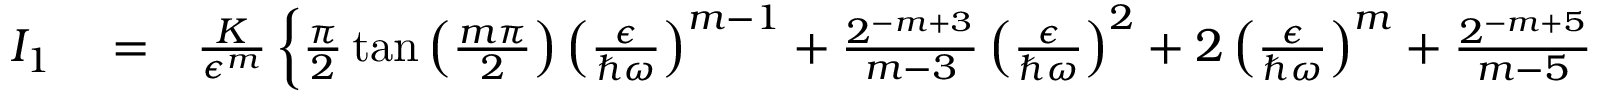
\begin{array} { r l r } { I _ { 1 } } & { { } = } & { \frac { K } { \epsilon ^ { m } } \left\{ \frac { \pi } { 2 } \tan \left( \frac { m \pi } { 2 } \right) \left( \frac { \epsilon } { \hbar \omega } \right) ^ { m - 1 } + \frac { 2 ^ { - m + 3 } } { m - 3 } \left( \frac { \epsilon } { \hbar \omega } \right) ^ { 2 } + 2 \left( \frac { \epsilon } { \hbar \omega } \right) ^ { m } + \frac { 2 ^ { - m + 5 } } { m - 5 } \left( \frac { \epsilon } { \hbar \omega } \right) ^ { 4 } + \frac { 8 } { 3 } \left( \frac { \epsilon } { \hbar \omega } \right) ^ { m + 2 } + \cdots \right\} } \end{array}